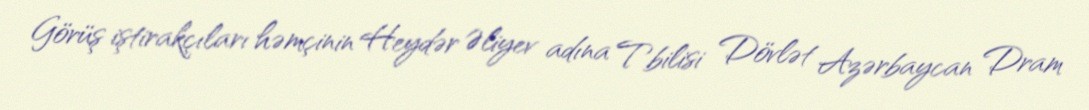
Görüş iştirakçıları həmçinin Heydər Əliyev adına Tbilisi Dövlət Azərbaycan Dram